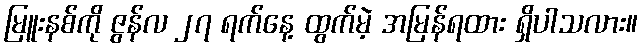
မြူးနစ်ကို ဇွန်လ ၂၇ ရက်နေ့ ထွက်မဲ့ အမြန်ရထား ရှိပါသလား။